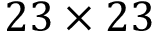
2 3 \times 2 3